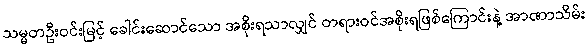
သမ္မတဦးဝင်းမြင့် ခေါင်းဆောင်သော အစိုးရသာလျှင် တရားဝင်အစိုးရဖြစ်ကြောင်းနဲ့ အာဏာသိမ်း